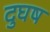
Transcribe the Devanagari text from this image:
दुघष